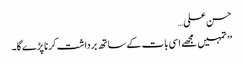
حسن علی…
’’ تمہیں مجھے اسی بات کے ساتھ برداشت کرنا پڑے گا۔